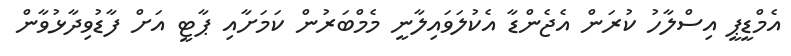
އެމްޑީޕީ އިސްލާހު ކުރަން އެޖެންޑާ އެކުލަވައިލާނީ މެމްބަރުން ކަމަށާއި ޕާޓީ އަށް ފާޑުވިދާޅުވާން